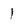
Character: 1